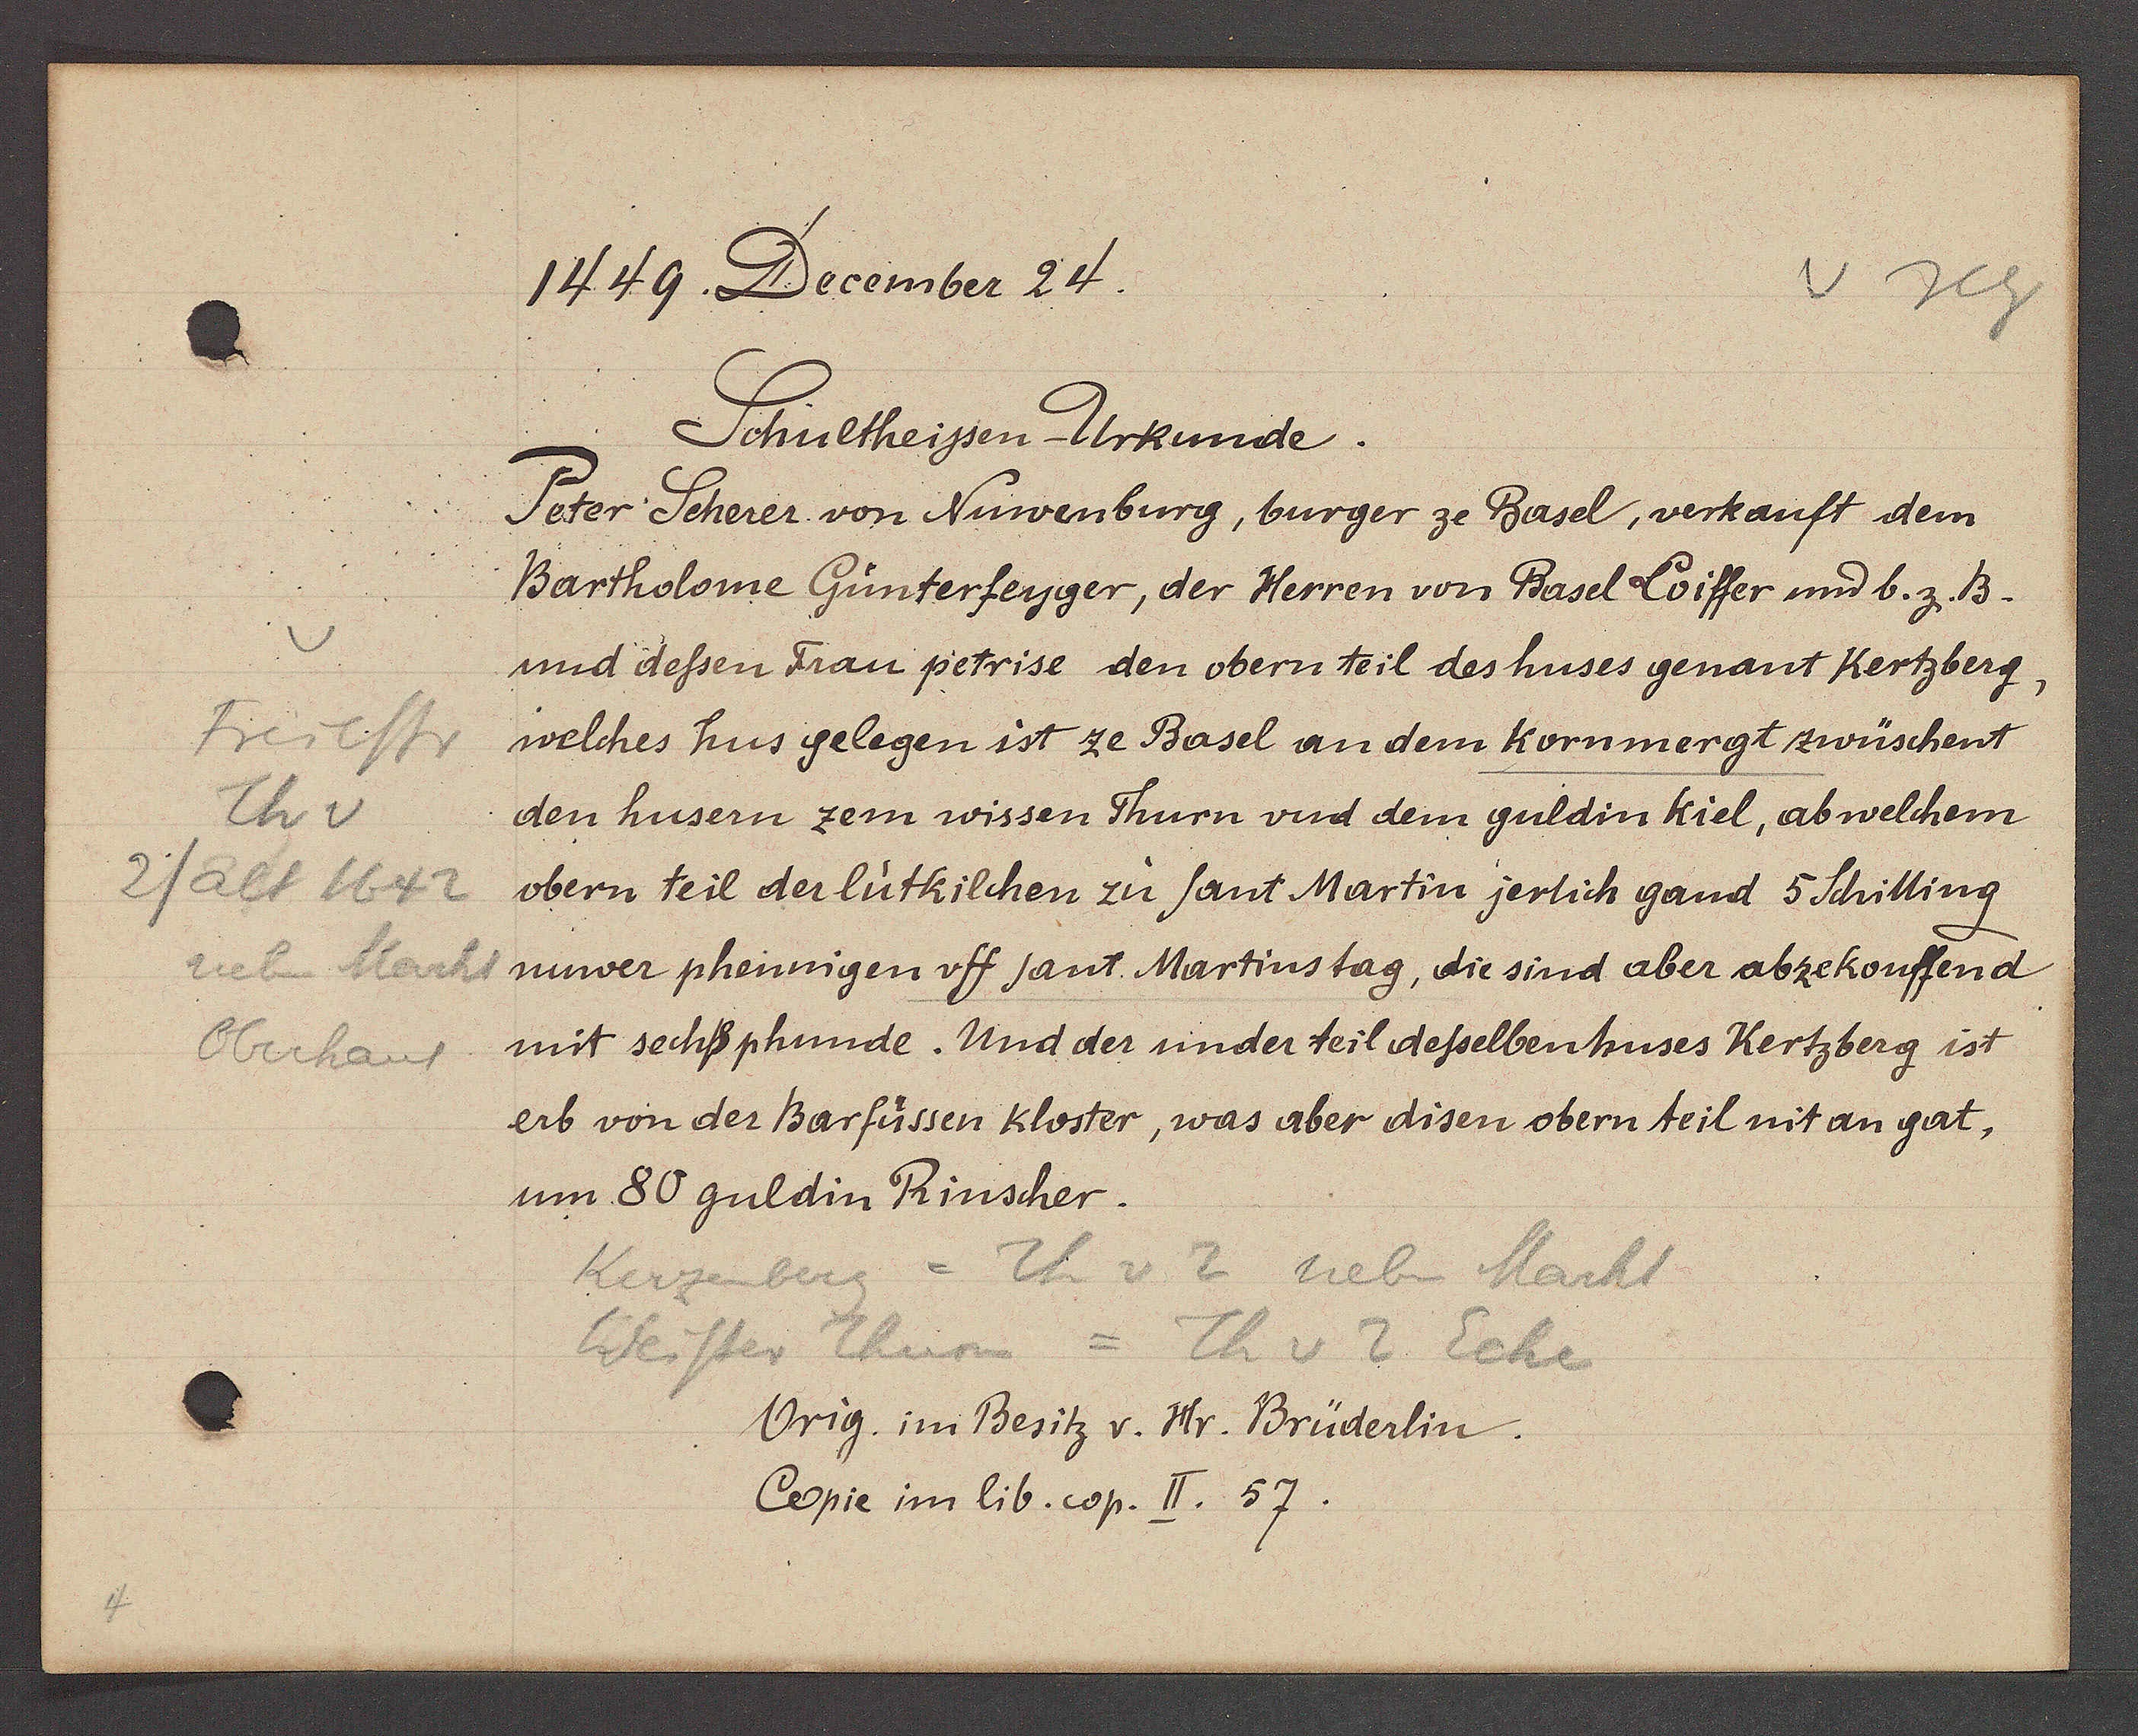
Transcript:
Freiestr
Th v
2/alt 1642
neben Markt
Oberhaus

1449. December 24.

Schultheissen- Urkunde.
Peter Scherer von Nuwenburg, burger ze Basel, verkauft dem
Bartholome Günterfeyger, der Herren von Basel Koiffer und b. z. B.
und dessen Frau petrise den obernteil des huses genant Kertzberg,
welches hus gelegen ist ze Basel an dem Kornmergt zwüschent
den husern zem wissen Thurn und dem guldin Kiel, ab welchem
obern teil der lütkilchen zu Sant Martin jerlich gand 5 Schilling
nuwer phennigen uff Sant Martinstag, die sind aber abzekouffend
mit sechs phunde. Und der under teil desselbenhuses Kertzberg ist
erb von der Barfüssen Kloster, was aber disen obern teil mit an gat,
um 80 guldin Prinscher.

Kerzenberg = Th v 2 neben Markt
Weisser Thurm =
Th v 2 Ecke

Orig. im Besitz v Hr. Brüderlin.
Copie im lib. cop. II. 57.